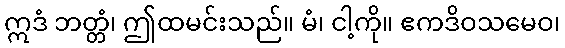
ဣဒံ ဘတ္တံ၊ ဤထမင်းသည်။ မံ၊ ငါ့ကို။ ဧကဒိဝသမေဝ၊